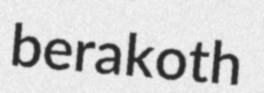
berakoth